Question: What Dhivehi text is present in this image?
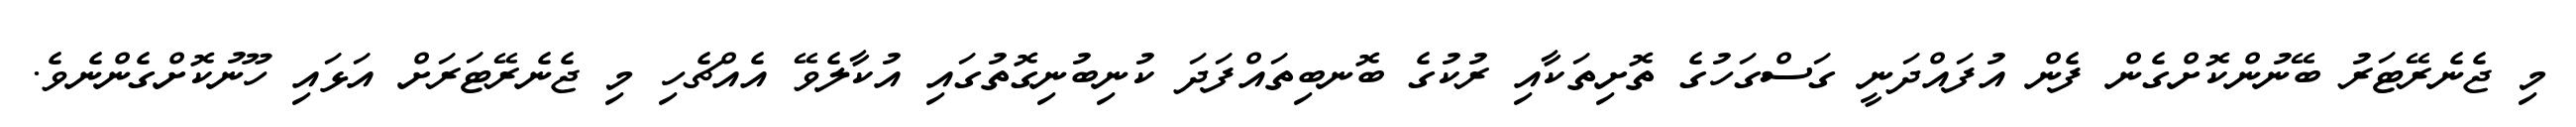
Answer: މި ޖެނެރޭޓަރު ބޭނުންކޮށްގެން ފެން އުފައްދަނީ ގަސްގަހުގެ ތޮށިތަކާއި ރުކުގެ ބޮނބިތައްފަދަ ކުނިބުނިގޮތުގައި އުކާލެވޭ އެއްޗެހި މި ޖެނެރޭޓަރަށް އަޅައި ހޫނުކޮށްގެންނެވެ.